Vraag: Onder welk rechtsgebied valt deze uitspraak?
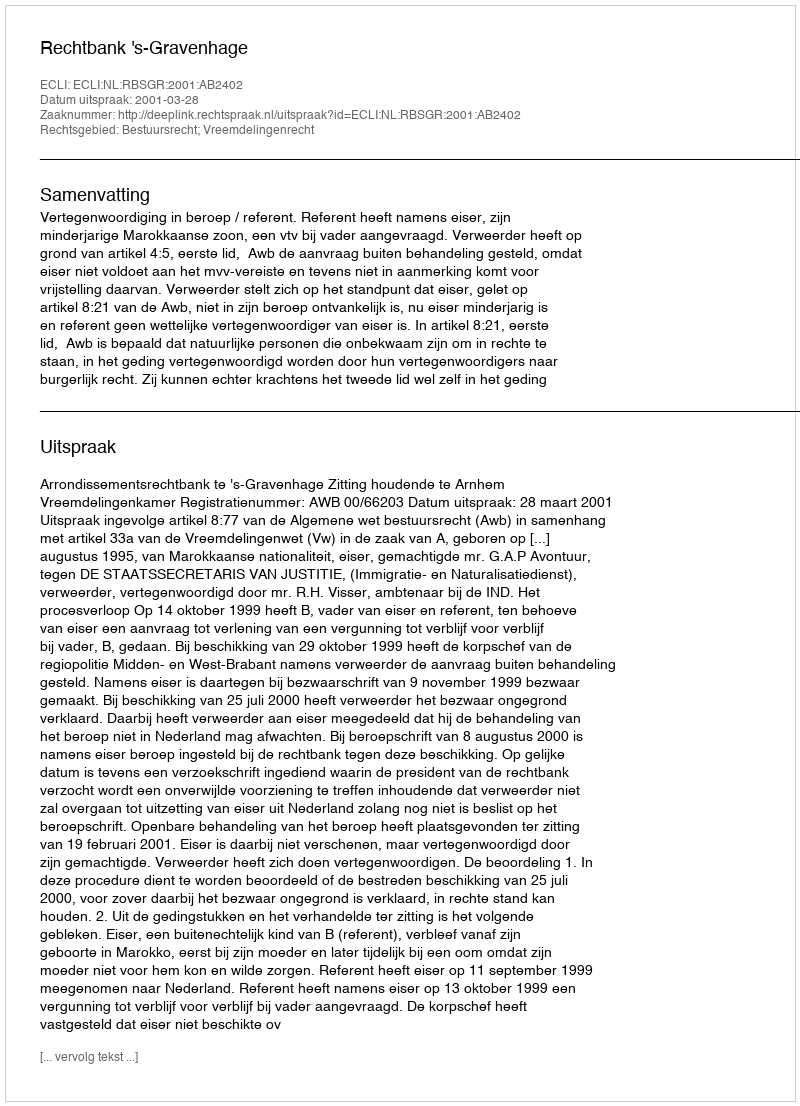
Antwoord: Bestuursrecht; Vreemdelingenrecht